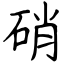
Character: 硝